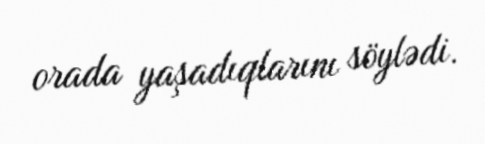
orada yaşadıqlarını söylədi.